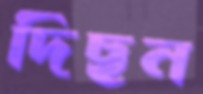
দিছন